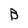
Character: B